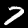
Label: 7